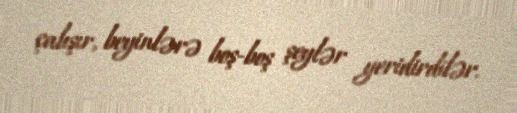
çalışır, beyinlərə boş-boş şeylər yeridirdilər.